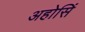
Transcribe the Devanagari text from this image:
अहोसिं